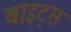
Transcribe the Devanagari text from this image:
बाइट्‌स